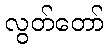
လွတ်တော်